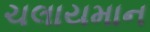
ચલાયમાન